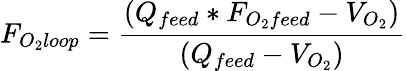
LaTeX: F_{O_{2}loop}={\frac{(Q_{feed}*F_{O_{2}feed}-V_{O_{2}})}{(Q_{feed}-V_{O_{2}})}}